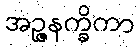
အဉ္ဇနက္ခိကာ